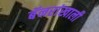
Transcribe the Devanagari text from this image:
बॅनरांखाली